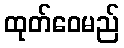
ထုတ်ဝေမည်